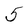
Character: 5